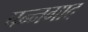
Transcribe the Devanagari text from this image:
पन्नगाद